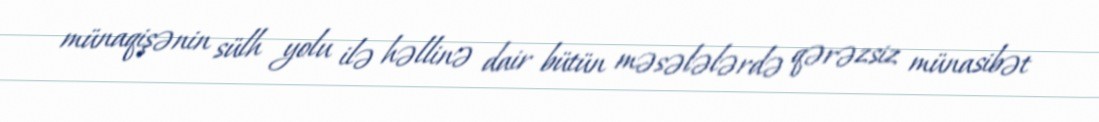
münaqişənin sülh yolu ilə həllinə dair bütün məsələlərdə qərəzsiz münasibət